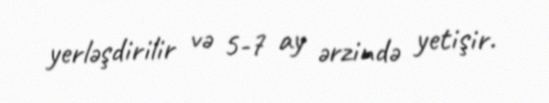
yerləşdirilir və 5-7 ay ərzində yetişir.